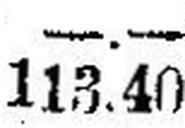
113.40